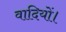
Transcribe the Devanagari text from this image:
वादियों।